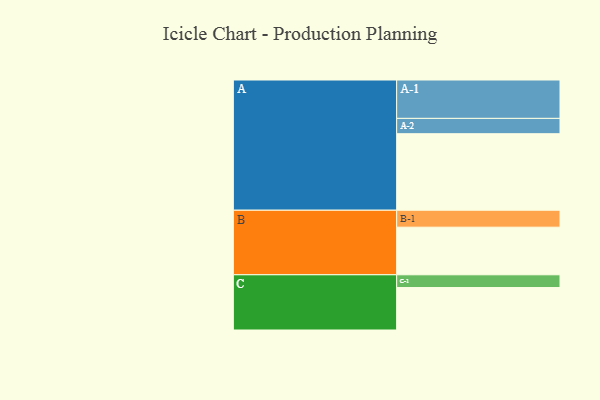
{"axis": {"x": "Segment", "y": "Value"}, "legend": ["", "A", "B", "C"], "data": [{"x": "A", "y": 564, "type": ""}, {"x": "B", "y": 351, "type": ""}, {"x": "C", "y": 313, "type": ""}, {"x": "A-1", "y": 283, "type": "A"}, {"x": "A-2", "y": 113, "type": "A"}, {"x": "B-1", "y": 125, "type": "B"}, {"x": "C-1", "y": 94, "type": "C"}]}